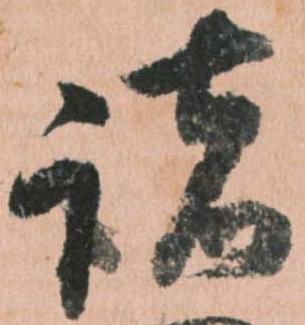
諸